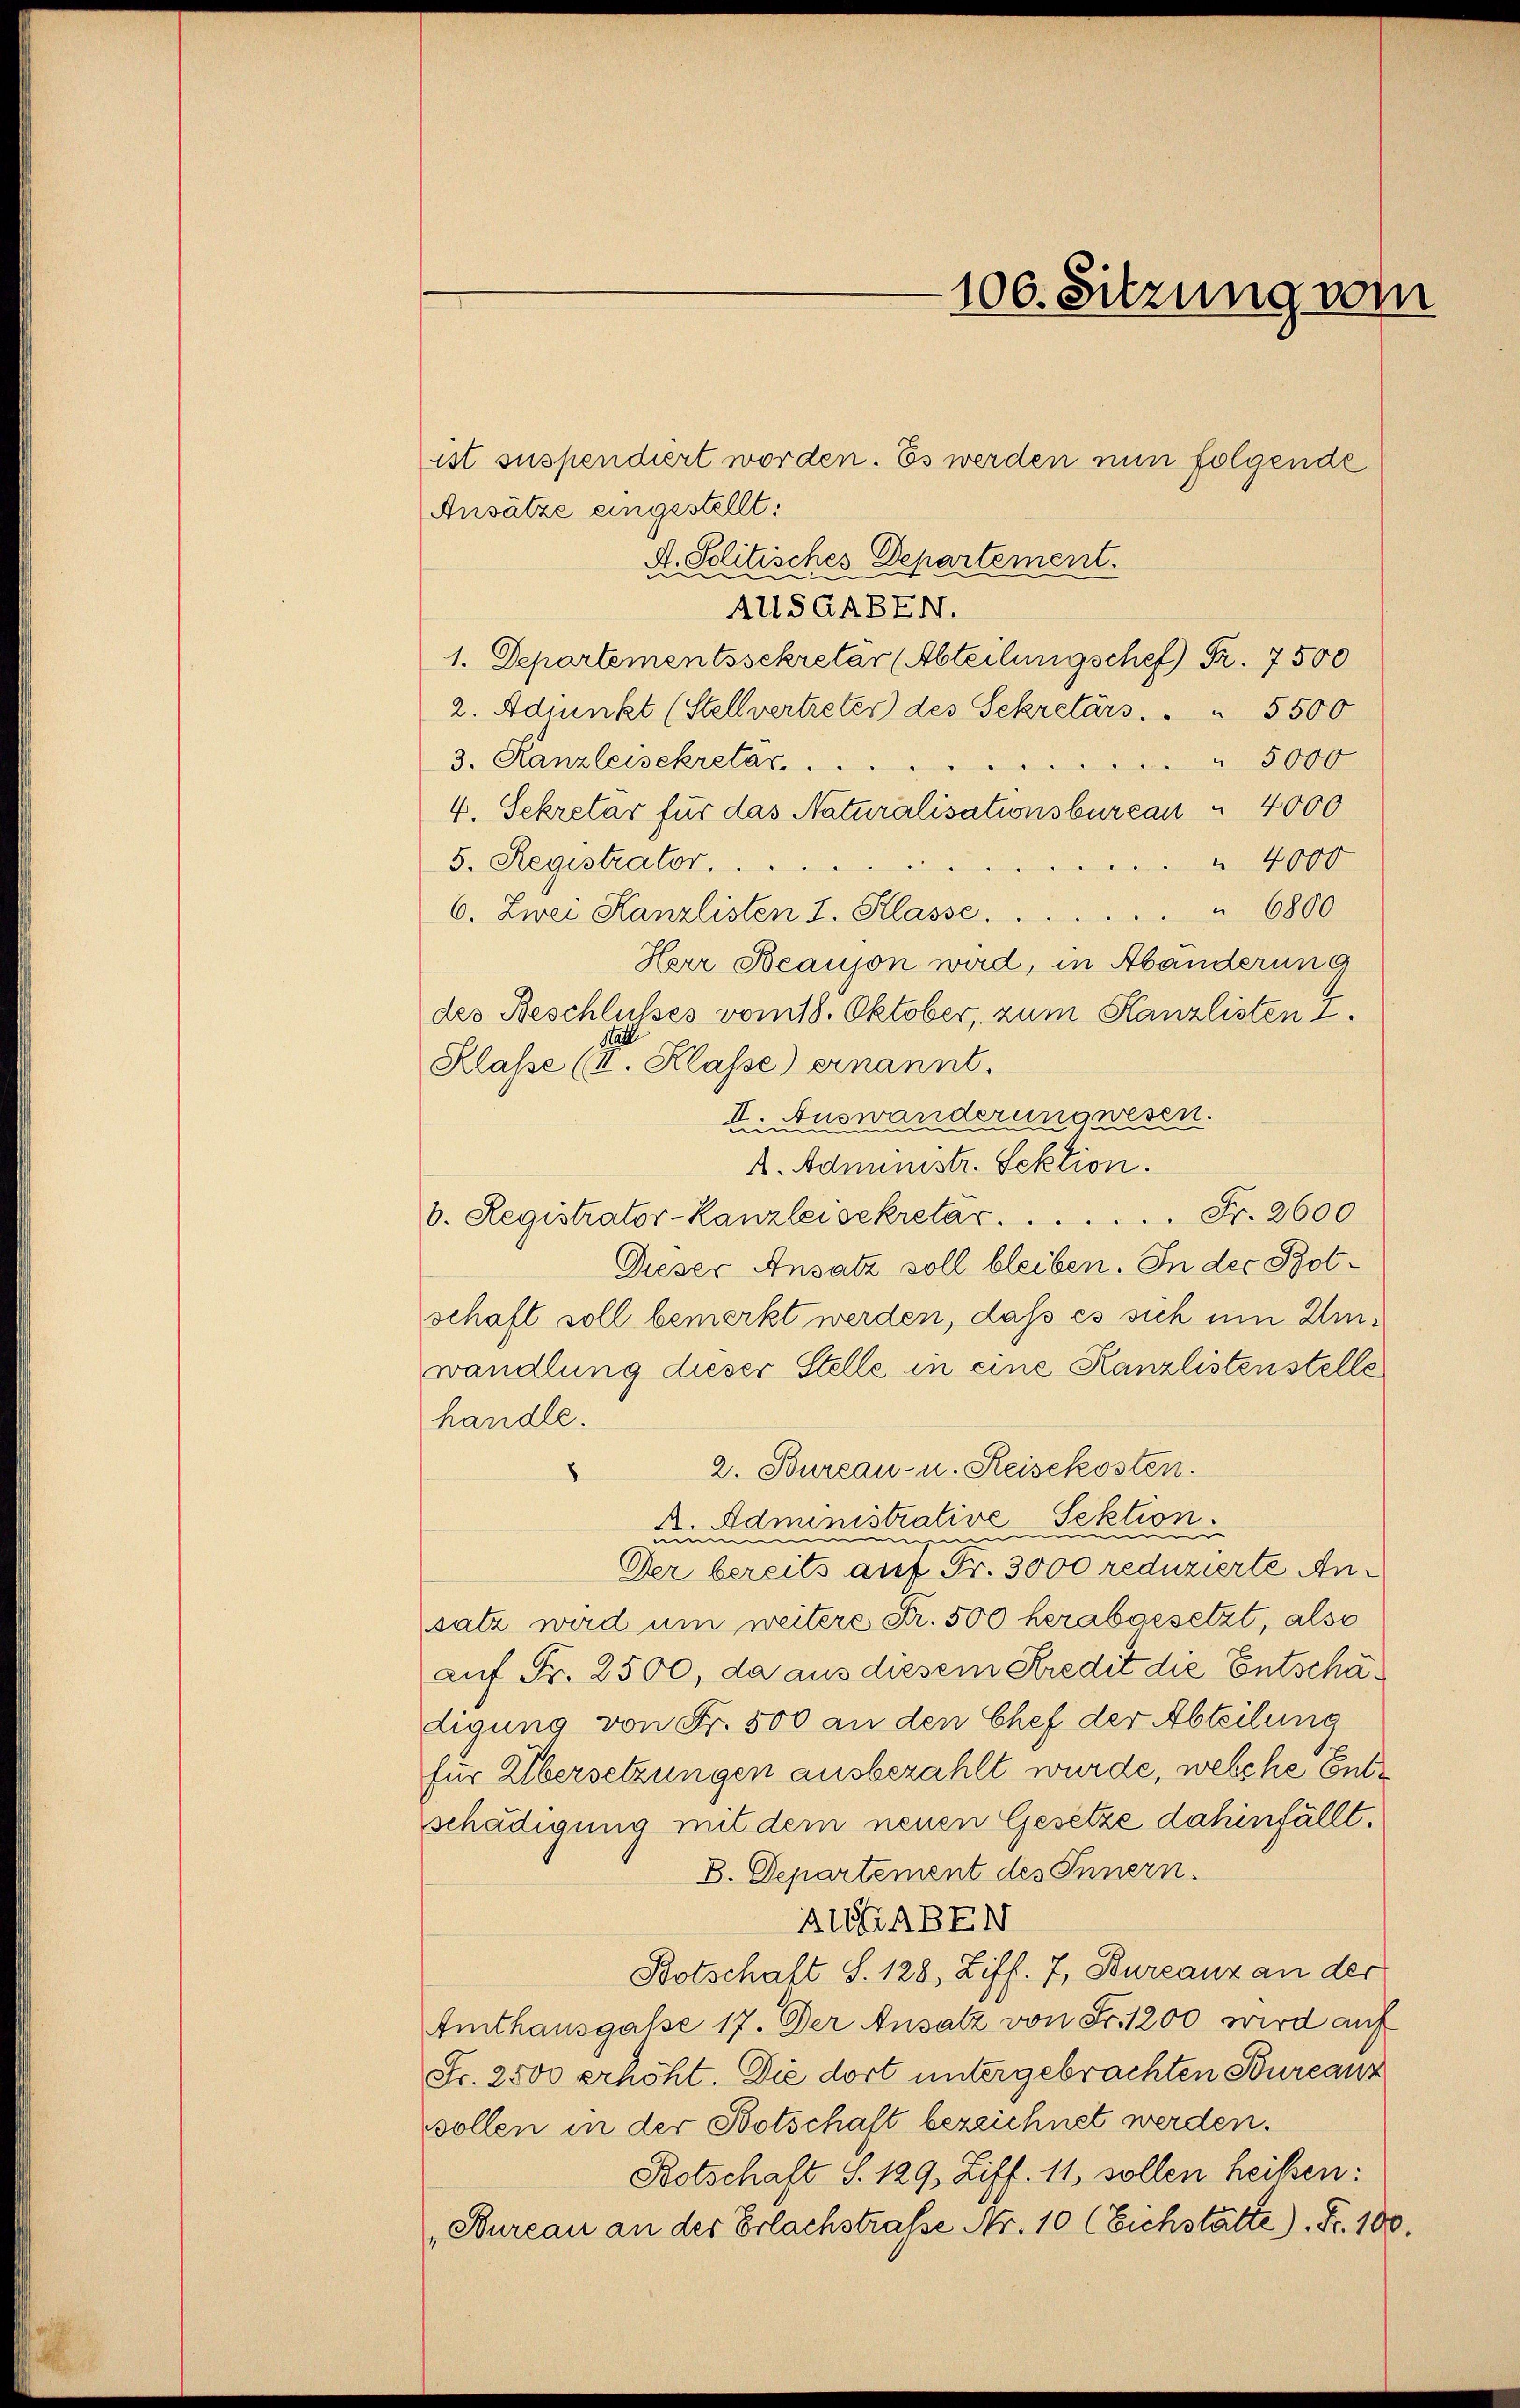
Ansätze eingestellt:
A. Solitisches Departement.
AllSGABEN.
1. Departementssekretär (Abteilungschef Fr. 7500
2. Adjunkt (Stellvertreter) des Sekretärs. . . 5500
3. Kanzleisekretär 5000
4. Sekretär für das Naturalisationsbureau " 4000
5. Registrator.
 4000
6800
6. Zwei Kanzlisten I. Klasse.
Herr Beauson wird, in Abänderung
des Beschlusses vom 18. Oktober, zum Kanzlisten I.
Klasse (I. Klasse) ernannt.
II. Auswanderung wesen.
A. Administr. Sektion.
b. Registrator-Kanzleisekretar.  ..  ..  ..  ..  ..  ..  Fr. 2600
Dieser Ansatz soll bleiben. In der Botschaft soll bemerkt werden, daß es sich um Umwandlung dieser Stelle in eine Kanzlistenstelle
handle.
2. Bureau- u. Reisekosten.
8
A. Administrative Sektion
nennen
ignen
mun
Der bereits auf Fr. 3000 reduzierte Ansatz wird um weitere Fr. 500 herabgesetzt, also
auf Fr. 2500, da aus diesem Kredit die Entschädigung von Fr. 500 an den Chef der Abteilung
für Übersetzungen ausbezahlt wurde, welche Entschädigung mit dem neuen Gesetze dahinfällt.
B. Departement des Innern.
ALGABEN
Botschaft S. 128, Ziff. 7, Burcanz an der
Amthausgasse 17. Der Ansatz von Fr. 1200 wird auf
Fr. 2500 erhöht. Die dort untergebrachten Bourcanz
sollen in der Botschaft bezeichnet werden.
Botschaft S. 129, Ziff. 11, sollen heilen:
Bureau an der Erlachstraße Nr. 10 (Eichstätte). Fr. 100.

106. Sitzung vom

ist suspendiert worden. Es werden nun folgende